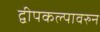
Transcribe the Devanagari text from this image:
द्वीपकल्पावरुन